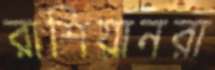
রাশিয়ানরা